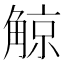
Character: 𧤀